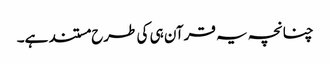
چنانچہ یہ قرآن ہی کی طرح مستند ہے۔